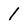
Character: 1